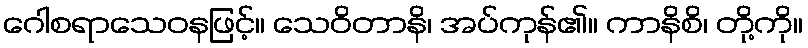
ဂေါစရာသေဝနဖြင့်။ သေဝိတာနိ၊ အပ်ကုန်၏။ ကာနိစိ၊ တို့ကို။